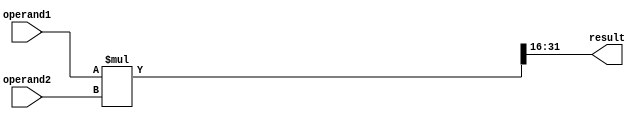
module fixed_point_multiplier(
  input signed [15:0] operand1,
  input signed [15:0] operand2,
  output reg signed [15:0] result
);

reg signed [31:0] mult_result;

always @(*) begin
  mult_result = operand1 * operand2;
  result = mult_result >> 16; // shift right to get the correct number of fractional bits
end

endmodule